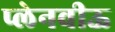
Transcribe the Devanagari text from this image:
प्लेनवीऊ